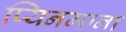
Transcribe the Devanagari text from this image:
प्यिनमाना